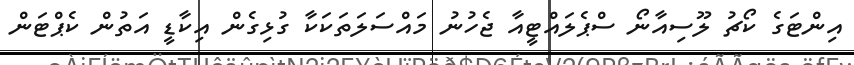
އިންޓަގެ ކޯޗު ލޫސިއާނޯ ސްޕެލައްޓީއާ ޖެހުނު މައްސަލަތަކަކާ ގުޅިިގެން އިކާޑީ އަތުން ކެޕްޓަން